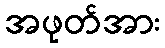
အဖုတ်အား